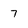
Character: 7